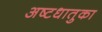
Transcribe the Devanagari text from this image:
अष्टधातुका